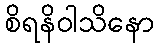
စိရနိဝါသိနော